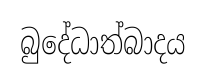
බුදේධාත්බාදය